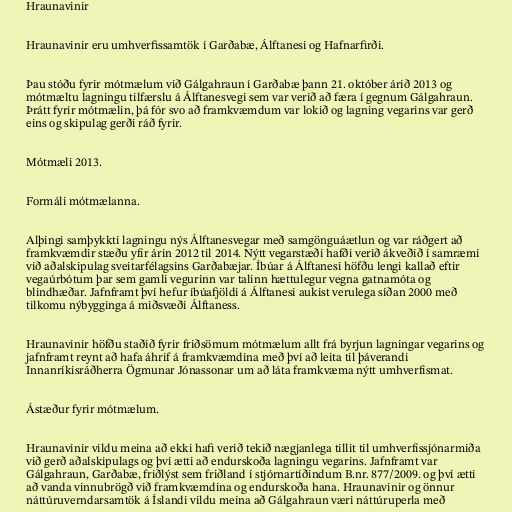
Hraunavinir

Hraunavinir eru umhverfissamtök í Garðabæ, Álftanesi og Hafnarfirði.

Þau stóðu fyrir mótmælum við Gálgahraun í Garðabæ þann 21. október árið 2013 og
mótmæltu lagningu tilfærslu á Álftanesvegi sem var verið að færa í gegnum Gálgahraun.
Þrátt fyrir mótmælin, þá fór svo að framkvæmdum var lokið og lagning vegarins var gerð
eins og skipulag gerði ráð fyrir.

Mótmæli 2013.

Formáli mótmælanna.

Alþingi samþykkti lagningu nýs Álftanesvegar með samgönguáætlun og var ráðgert að
framkvæmdir stæðu yfir árin 2012 til 2014. Nýtt vegarstæði hafði verið ákveðið í samræmi
við aðalskipulag sveitarfélagsins Garðabæjar. Íbúar á Álftanesi höfðu lengi kallað eftir
vegaúrbótum þar sem gamli vegurinn var talinn hættulegur vegna gatnamóta og
blindhæðar. Jafnframt því hefur íbúafjöldi á Álftanesi aukist verulega síðan 2000 með
tilkomu nýbygginga á miðsvæði Álftaness.

Hraunavinir höfðu staðið fyrir friðsömum mótmælum allt frá byrjun lagningar vegarins og
jafnframt reynt að hafa áhrif á framkvæmdina með því að leita til þáverandi
Innanríkisráðherra Ögmunar Jónassonar um að láta framkvæma nýtt umhverfismat.

Ástæður fyrir mótmælum.

Hraunavinir vildu meina að ekki hafi verið tekið nægjanlega tillit til umhverfissjónarmiða
við gerð aðalskipulags og því ætti að endurskoða lagningu vegarins. Jafnframt var
Gálgahraun, Garðabæ, friðlýst sem friðland í stjórnartíðindum B.nr. 877/2009. og því ætti
að vanda vinnubrögð við framkvæmdina og endurskoða hana. Hraunavinir og önnur
náttúruverndarsamtök á Íslandi vildu meina að Gálgahraun væri náttúruperla með